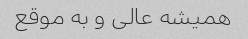
همیشه عالی و به موقع